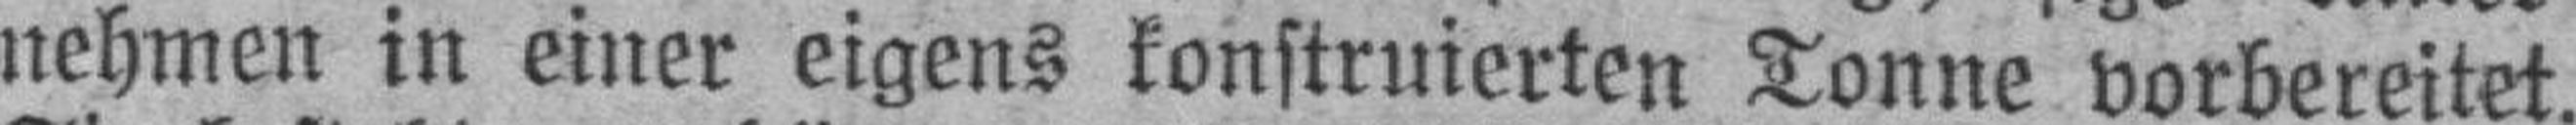
nehmen in einer eigens konstruierten Tonne vorbereitet.